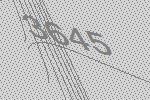
3645